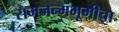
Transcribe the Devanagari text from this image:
रामजन्मभूमीचा